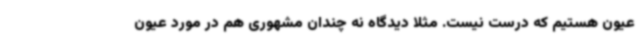
عیون هستیم که درست نیست. مثلاً دیدگاه نه چندان مشهوری هم در مورد عیون